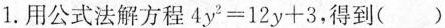
1.用公式法解方程4y^{2}=12y+3，得到（）